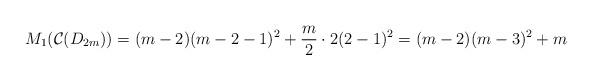
LaTeX: \begin{align*} M_{1}(\mathcal{C}(D_{2m})) = (m-2)(m-2-1)^{2} + \dfrac{m}{2} \cdot 2(2-1)^{2} = (m-2)(m-3)^{2} + m \end{align*}